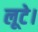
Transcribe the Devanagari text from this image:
लूटे।